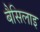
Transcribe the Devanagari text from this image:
बैसिलाइ